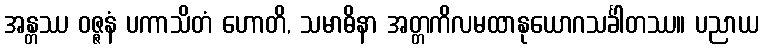
အန္တဿ ဝဇ္ဇနံ ပကာသိတံ ဟောတိ, သမာဓိနာ အတ္တကိလမထာနုယောဂသင်္ခါတဿ။ ပညာယ